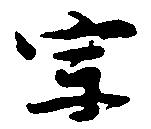
宗